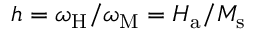
h = \omega _ { \mathrm { H } } / \omega _ { \mathrm { M } } = H _ { \mathrm { a } } / M _ { \mathrm { s } }